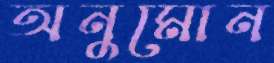
অনুমোন